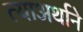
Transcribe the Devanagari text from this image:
त्याअर्थाने